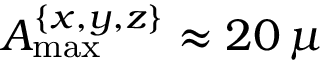
A _ { \mathrm { m a x } } ^ { \{ x , y , z \} } \approx 2 0 \, \mu